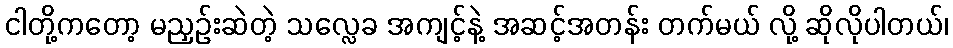
ငါတို့ကတော့ မညှဉ်းဆဲတဲ့ သလ္လေခ အကျင့်နဲ့ အဆင့်အတန်း တက်မယ် လို့ ဆိုလိုပါတယ်၊